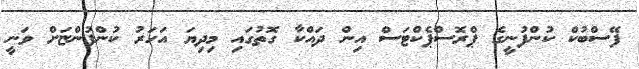
ފޭސްބުކް ކުންފުނީގެ ޕްރޮސްޕެކްޓަސް އިން ދައްކާ ގޮތުގައި މިދިޔަ އަހަރު ކުންފުންޏަށް ވަނީ